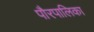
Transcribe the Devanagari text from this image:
पौरपालिका